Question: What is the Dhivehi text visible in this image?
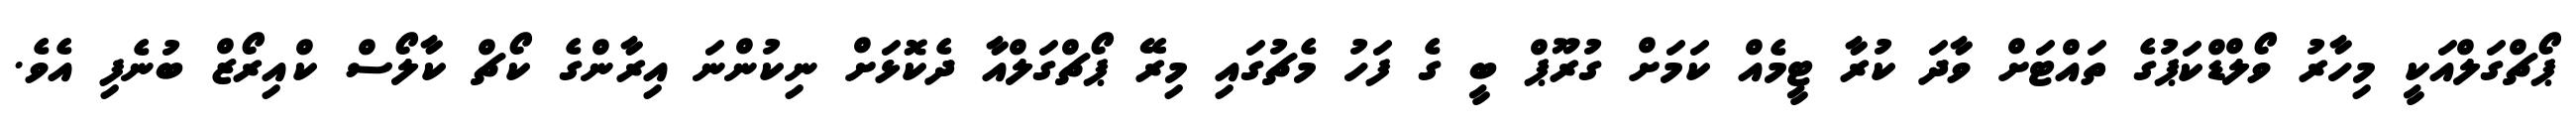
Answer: ޕޯޗްގަލްއަކީ މިހާރު ވޯލްޑްކަޕުގެ ތައްޓަށް ވާދަ ކުރާ ޓީމެއް ކަމަށް ގުރޫޕް ބީ ގެ ފަހު މެޗުގައި މިރޭ ޕޯޗްގަލްއާ ދެކޮޅަށް ނިކުންނަ އިރާންގެ ކޯޗް ކާލޯސް ކްއިރޯޒް ބުނެފި އެވެ.